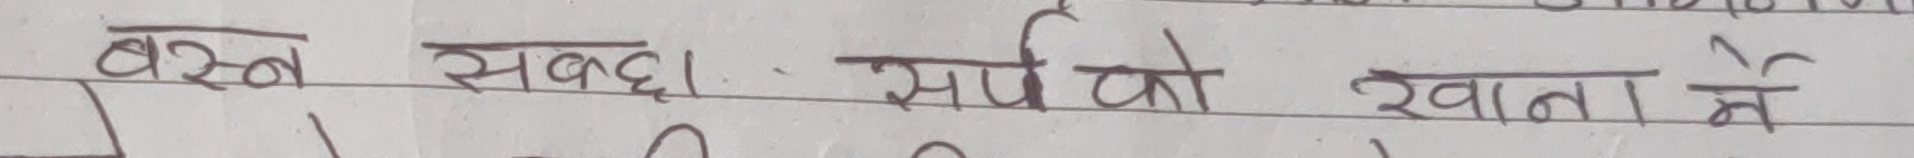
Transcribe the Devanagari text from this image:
बस्न सक्छ । सर्पको खानाले